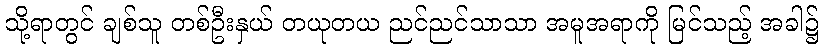
သို့ရာတွင် ချစ်သူ တစ်ဦးနှယ် တယုတယ ညင်ညင်သာသာ အမူအရာကို မြင်သည့် အခါ၌